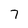
Character: 7